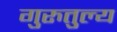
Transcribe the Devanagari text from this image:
गुरुतुल्य